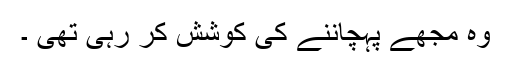
وہ مجھے پہچاننے کی کوشش کر رہی تھی ۔